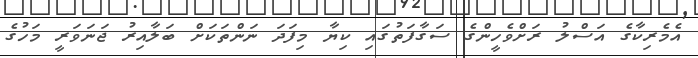
އެމެރިކާގެ އަސްލު ރަށްވެހީންގެ ސަގާފަތުގައި ކިޔާ މިފަދަ ނަންތަކަށް ބަލާއިރު ޖަނަވަރީ މަހުގެ